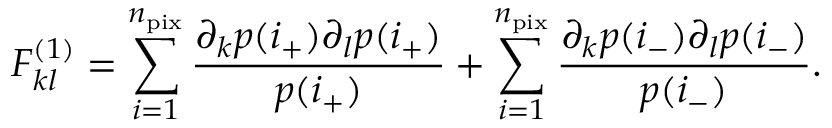
F _ { k l } ^ { ( 1 ) } = \sum _ { i = 1 } ^ { n _ { \mathrm { p i x } } } \frac { \partial _ { k } p ( i _ { + } ) \partial _ { l } p ( i _ { + } ) } { p ( i _ { + } ) } + \sum _ { i = 1 } ^ { n _ { \mathrm { p i x } } } \frac { \partial _ { k } p ( i _ { - } ) \partial _ { l } p ( i _ { - } ) } { p ( i _ { - } ) } .